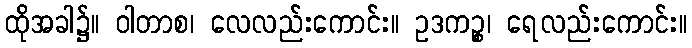
ထိုအခါ၌။ ဝါတာစ၊ လေလည်းကောင်း။ ဥဒကဉ္စ၊ ရေလည်းကောင်း။